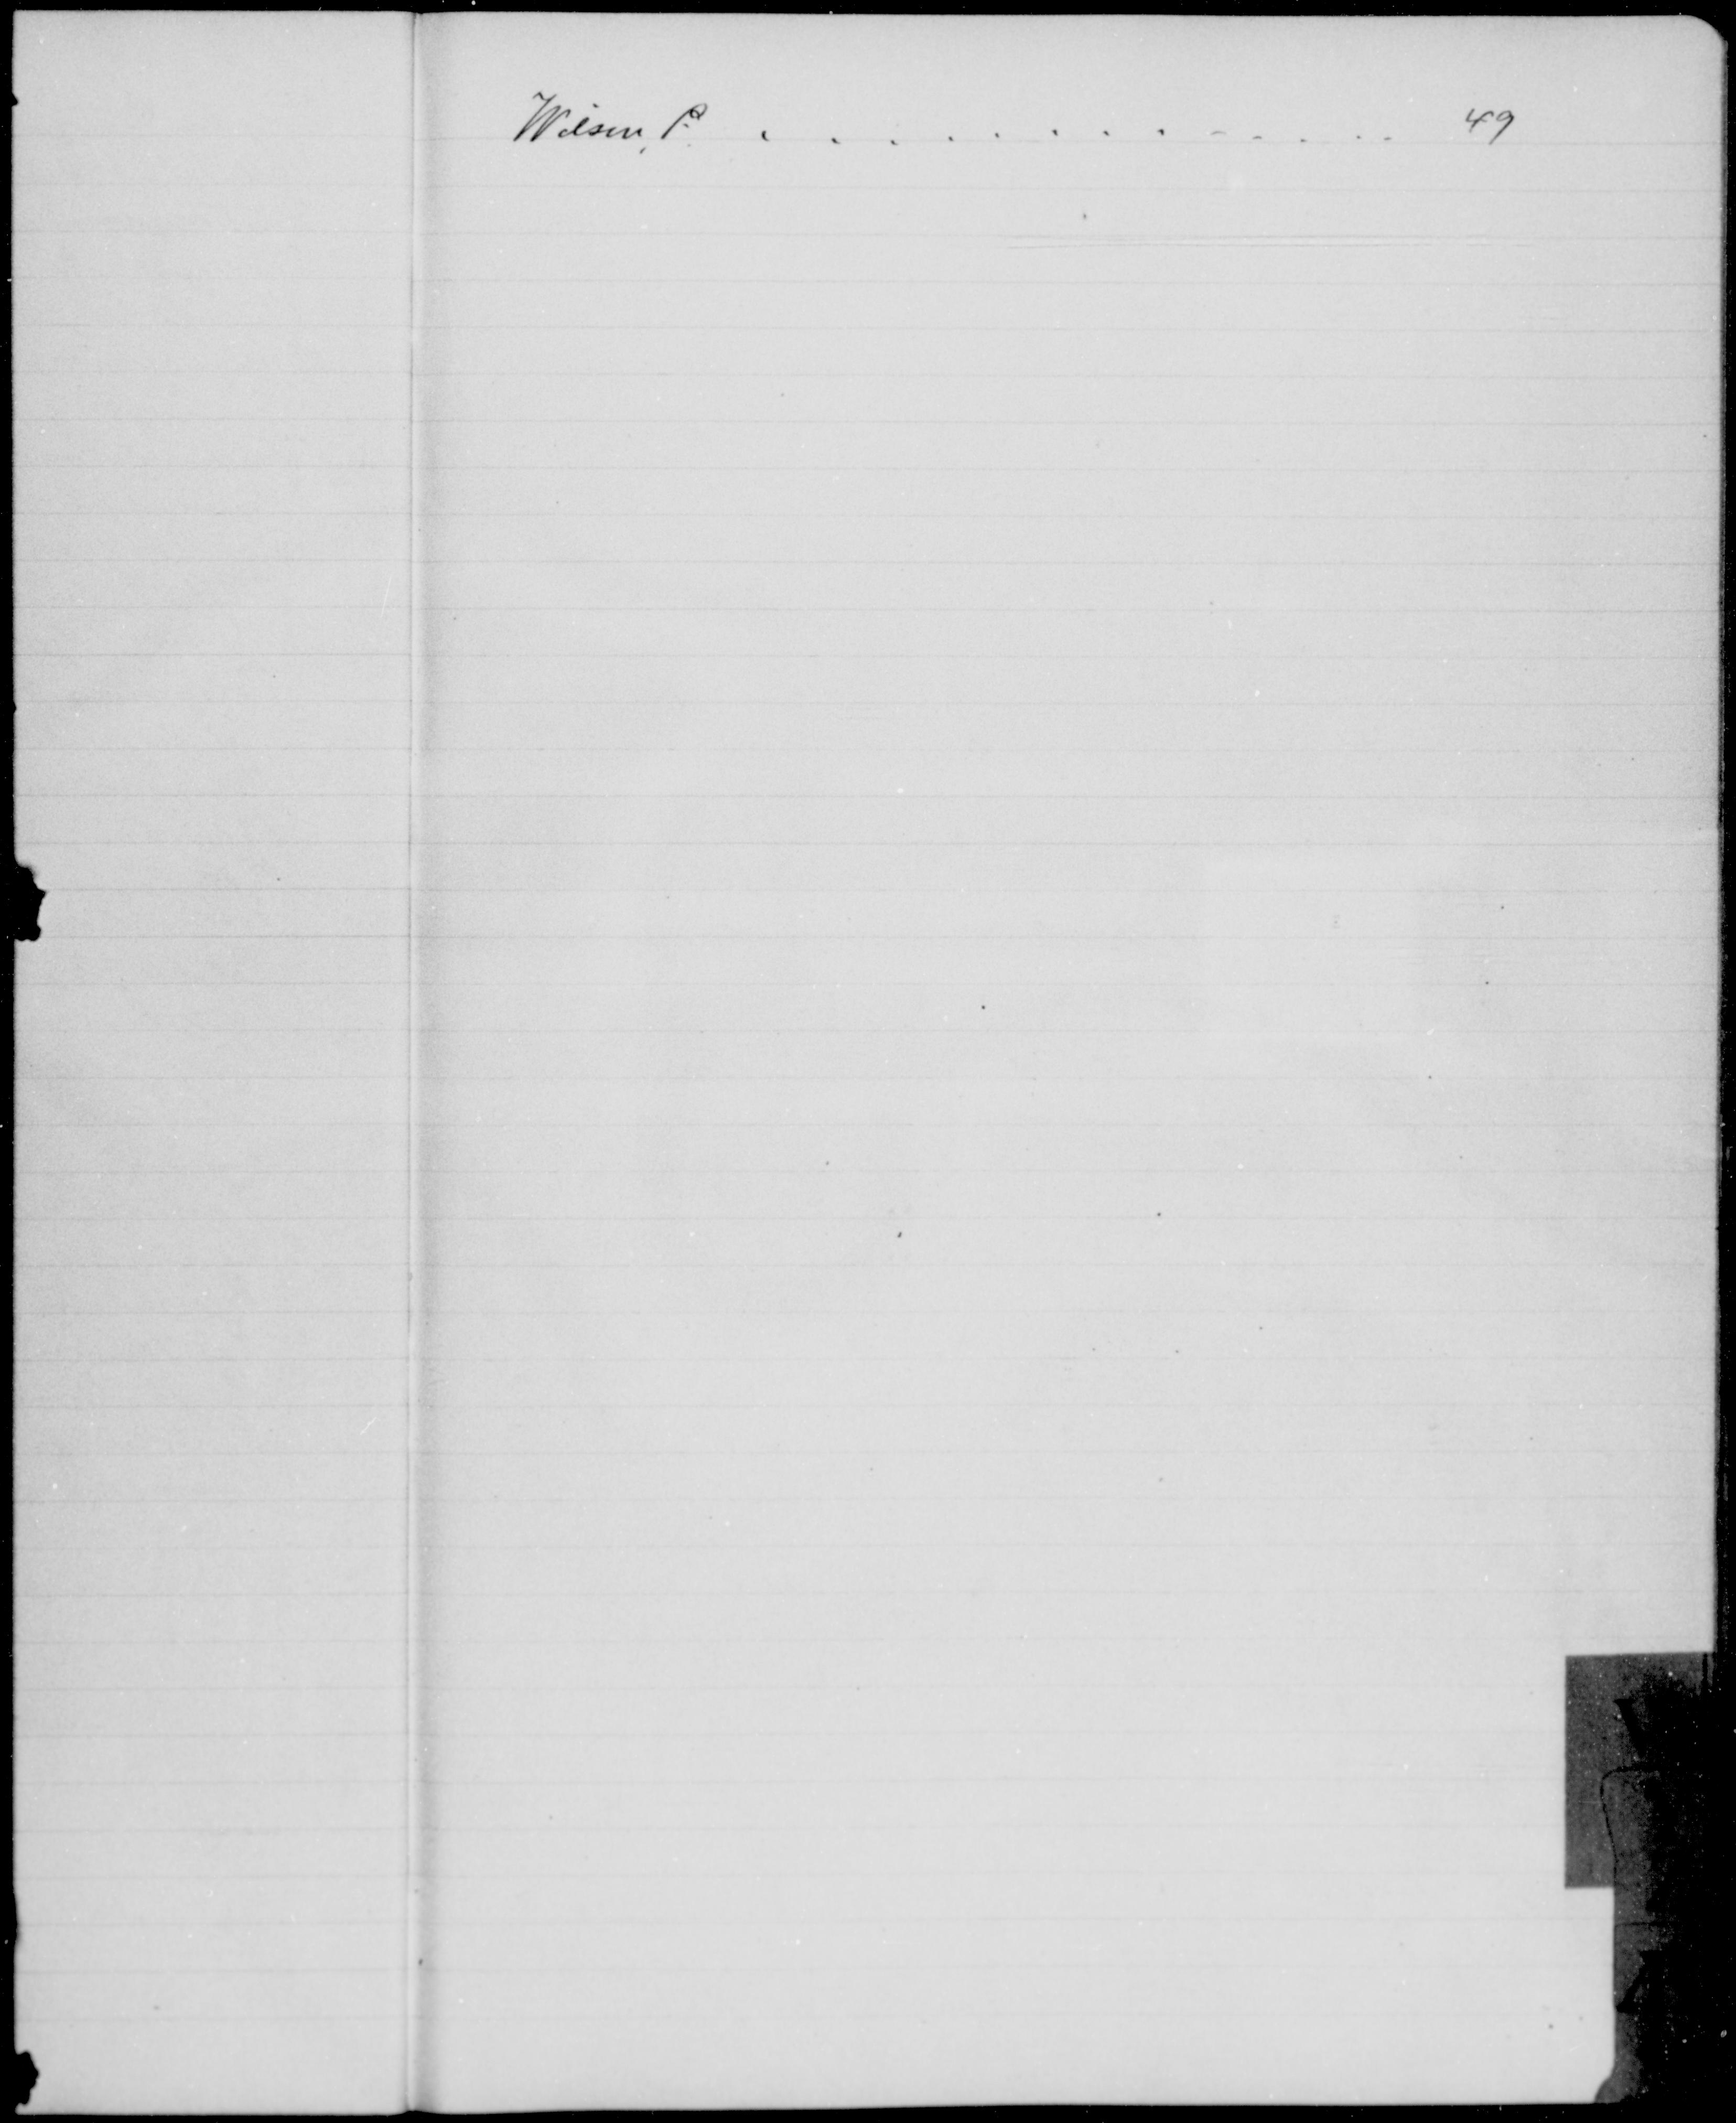
Transskription:
Wilsen P.

49